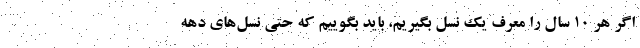
اگر هر ۱۰ سال را معرف یک نسل بگیریم، باید بگوییم که حتی نسل‌های دهه